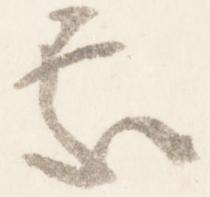
処